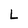
Character: L